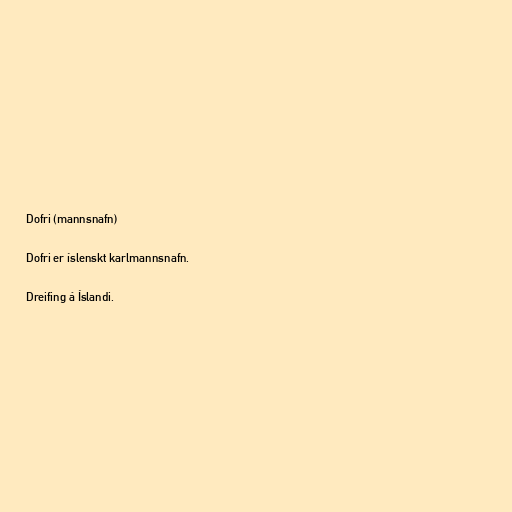
Dofri (mannsnafn)

Dofri er íslenskt karlmannsnafn.

Dreifing á Íslandi.